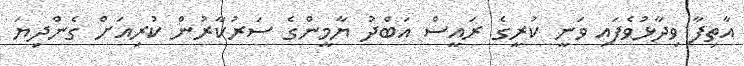
އާތިފާ ވިދާޅުވެފައި ވަނީ ކުރީގެ ރައީސް އަބްދު ޔާމީންގެ ސަރުކާރުން ކުރިއަށް ގެންދިޔަ